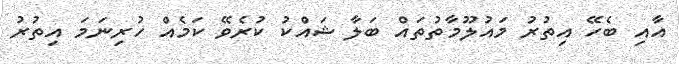
އާއި ބެހޭ އިތުރު މައުލޫމާތުތައް ބަލާ ޝައްކު ކުރެވޭ ކަމެއް ހުރިނަމަ އިތުރު